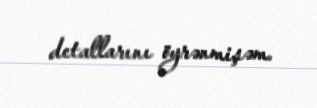
detallarını öyrənmişəm.